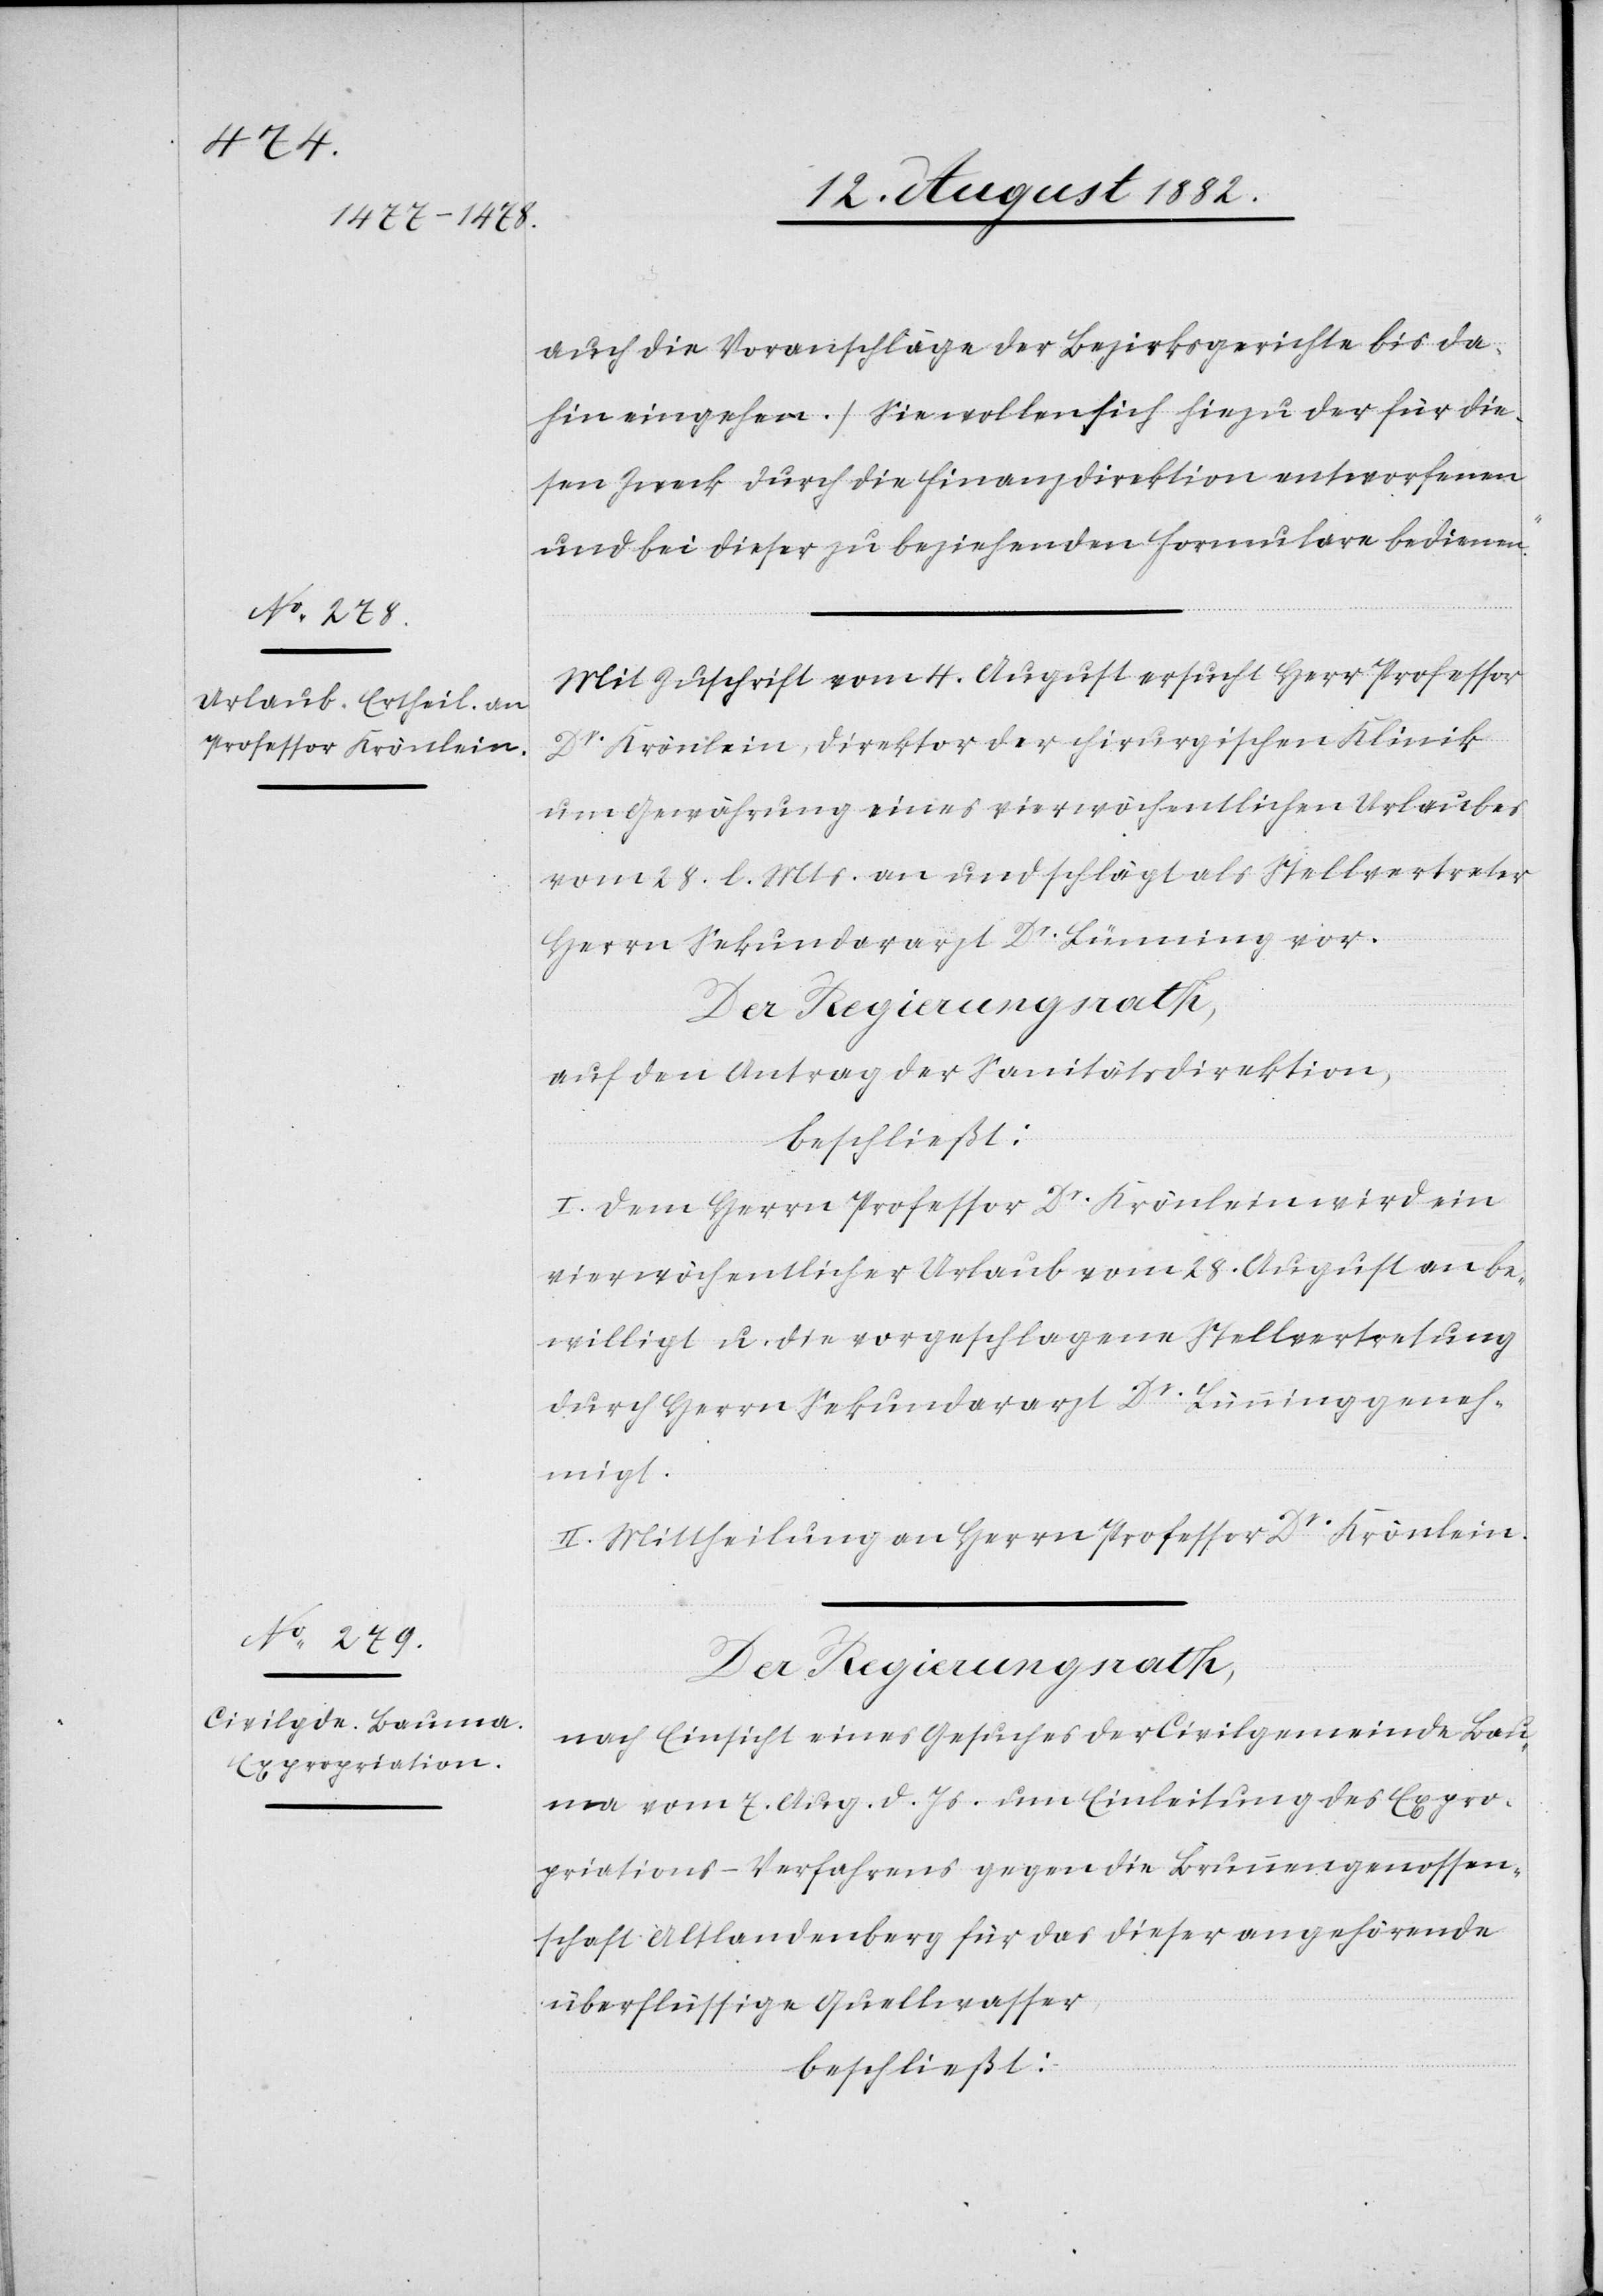
auch die Voranschläge der Bezirksgerichte bis da¬
hin eingehen.) Sie wollen sie hiezu der für die¬
sen Zweck durch die Finanzdirektion entworfenen
und bei dieser zu beziehenden Formulare bedienen.“
Mit Zuschrift vom 4. August ersucht Herr Professor
Dr Krönlein, Direktor der chirurgischen Klinik
um Gewährung eines vierwöchigen Urlaubes
vom 28. l. Mts. an und schlägt als Stellvertreter
Herrn Sekundararzt Dr Bünning vor.
auf den Antrag der Sanitätsdirektion,
beschließt:
I. Dem Herrn Professor Dr Krönlein wird ein
vierwöchentlicher Urlaub vom 28. August an be¬
willigt u. die vorgeschlagene Stellvertretung
durch Herrn Sekundararzt Dr Bünning geneh¬
migt.
II. Mittheilung an Herrn Professor Dr Krönlein.
Der Regierungsrath;
nach Einsicht eines Gesuches der Civilgemeinde Bau¬
ma vom 7. Aug. d. Js. um Einleitung des Expro¬
priations-Verfahrens gegen die Brunnengenossen¬
schaft Altlandenberg für das dieser angehörenden
überflüssige Quellwasser,
beschließt: